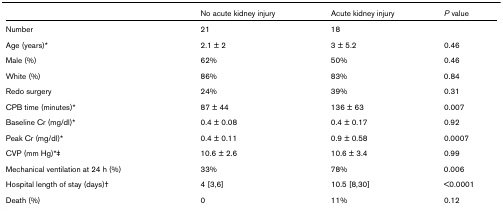
|  | No acute kidney injury | Acute kidney injury | P value |
 | --- | --- | --- | --- |
 | Number | 21 | 18 |  |
 | Age (years)* | 2.1 ± 2 | 3 ± 5.2 | 0.46 |
 | Male (%) | 62% | 50% | 0.46 |
 | White (%) | 86% | 83% | 0.84 |
 | Redo surgery | 24% | 39% | 0.31 |
 | CPB time (minutes)* | 87 ± 44 | 136 ± 63 | 0.007 |
 | Baseline Cr (mg/dl)* | 0.4 ± 0.08 | 0.4 ± 0.17 | 0.92 |
 | Peak Cr (mg/dl)* | 0.4 ± 0.11 | 0.9 ± 0.58 | 0.0007 |
 | CVP (mm Hg)*‡ | 10.6 ± 2.6 | 10.6 ± 3.4 | 0.99 |
 | Mechanical ventilation at 24 h (%) | 33% | 78% | 0.006 |
 | Hospital length of stay (days)† | 4 [3,6] | 10.5 [8,30] | <0.0001 |
 | Death (%) | 0 | 11% | 0.12 |